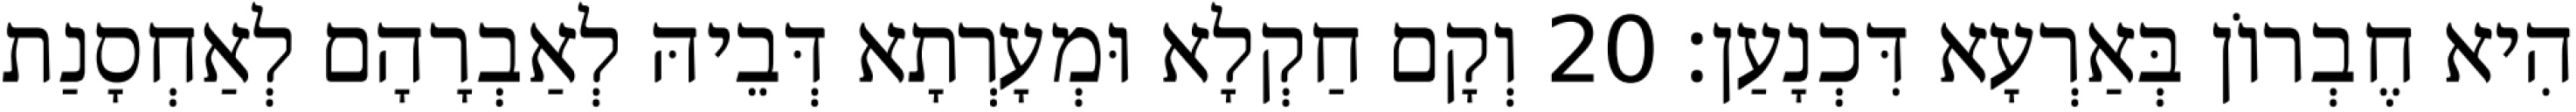
הִיא חֶבְרוֹן בְּאַרְעָא דִּכְנָעַן׃ 20 וְקָם חַקְלָא וּמְעָרְתָא דְּבֵיהּ לְאַבְרָהָם לְאַחְסָנַת